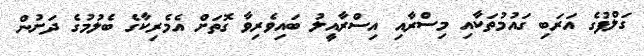
ގަލްފުގެ އަރަބި ގައުމުތަކާއި މިސްރާއި އިސްރާއީލު ބައިވެރިވާ ގޮތަށް އެމެރިކާގެ ބެލުމުގެ ދަށުން